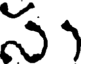
స